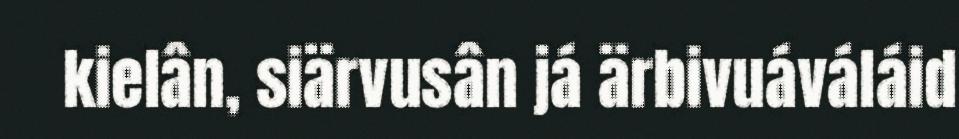
kielân, siärvusân já ärbivuáváláid